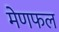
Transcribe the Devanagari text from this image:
मेणफल